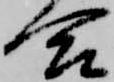
合